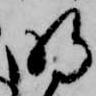
明